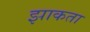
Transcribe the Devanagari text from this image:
झाकता